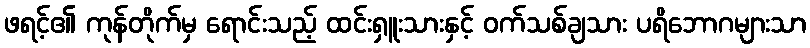
ဖရင့်၏ ကုန်တိုက်မှ ရောင်းသည့် ထင်းရှူးသားနှင့် ဝက်သစ်ချသား ပရိဘောဂများသာ